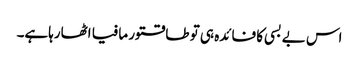
اس بے بسی کا فائدہ ہی تو طاقتور مافیا اٹھارہاہے۔